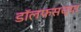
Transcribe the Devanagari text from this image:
डॉलफसच्या